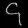
Digit: ၄